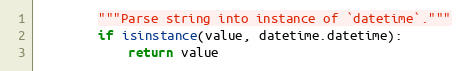
Language: Python
        """Parse string into instance of `datetime`."""
        if isinstance(value, datetime.datetime):
            return value